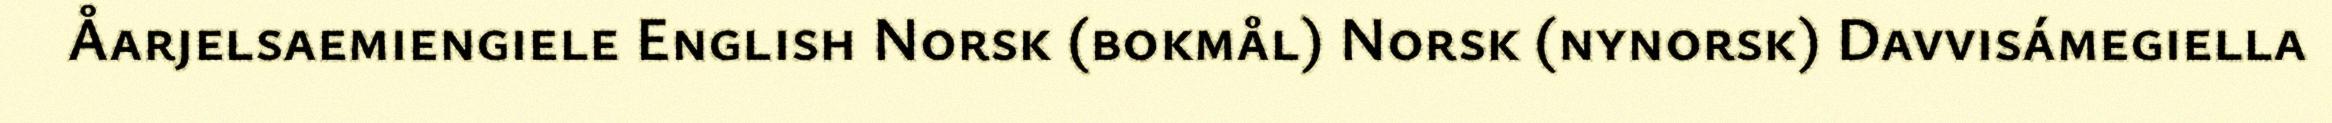
Åarjelsaemiengiele English Norsk (bokmål) Norsk (nynorsk) Davvisámegiella